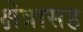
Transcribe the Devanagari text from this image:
क्षेत्रासह